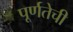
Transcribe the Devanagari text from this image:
पूर्णतेची